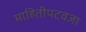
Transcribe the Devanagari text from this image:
माहितीपटवजा